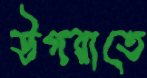
উগরাতে